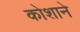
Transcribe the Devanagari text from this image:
कोशाने